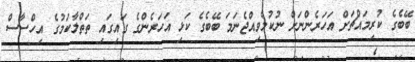
ބޭބެގެ ކުރިމައްޗަށް އަހަރެންނަށް ނުކުމެވިއްޖެނަމަ ބޭބެގެ ކަޅި އަހަރެންގެ ގައިގައި ތަތްލާކަމުގެ އިހްސާސް